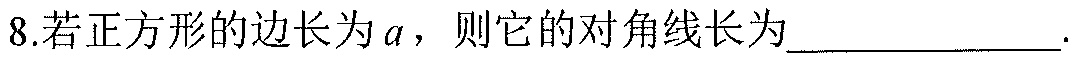
8.若正方形的边长为\(a\)，则它的对角线长为____________.